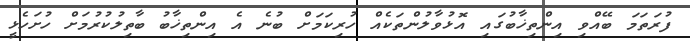
ފުރަތަމަ ބޭއްވި އިންތިޚާބުގައި އޮޅުވާލުންތަކެއް ހުރިކަމަށް ބުނެ އެ އިންތިޚާބު ބާތިލުކުރުމަށް ހުށަހެޅީ